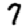
Digit: 7